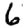
Digit: 6